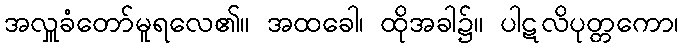
အလှူခံတော်မူရလေ၏။ အထခေါ၊ ထိုအခါ၌။ ပါဋလိပုတ္တကော၊